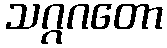
သဂ္ဂဂတော